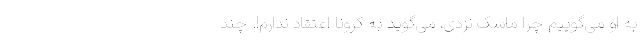
به او می‌گوییم چرا ماسک نزدی، می‌گوید به کرونا اعتقاد ندارم!. چند